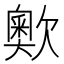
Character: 𣤡